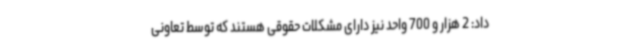
داد: 2 هزار و 700 واحد نیز دارای مشکلات حقوقی هستند که توسط تعاونی